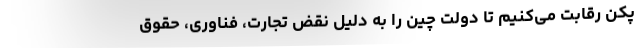
پکن رقابت می‌کنیم تا دولت چین را به دلیل نقض تجارت‌، فناوری‌، حقوق